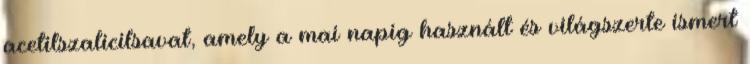
acetilszalicilsavat, amely a mai napig használt és világszerte ismert